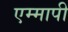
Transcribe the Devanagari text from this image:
एम्मापी